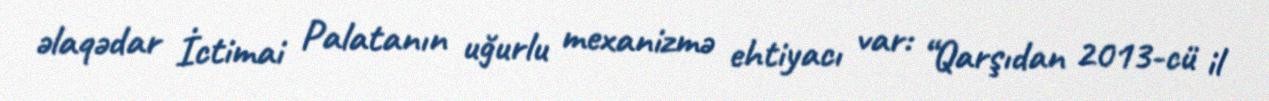
əlaqədar İctimai Palatanın uğurlu mexanizmə ehtiyacı var: “Qarşıdan 2013-cü il